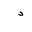
Letter: _dal